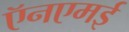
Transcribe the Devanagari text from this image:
ऍनएमई